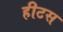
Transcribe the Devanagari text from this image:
हीटस